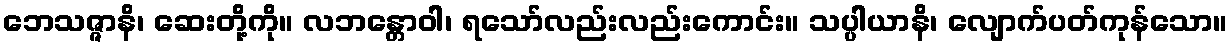
ဘေသဇ္ဇာနိ၊ ဆေးတို့ကို။ လဘန္တောဝါ၊ ရသော်လည်းလည်းကောင်း။ သပ္ပါယာနိ၊ လျောက်ပတ်ကုန်သော။